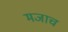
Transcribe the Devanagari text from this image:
मजाच